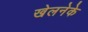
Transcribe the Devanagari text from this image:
खेलनेके